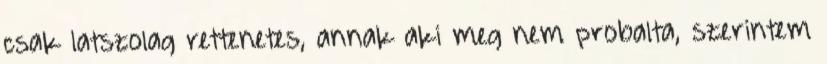
csak latszolag rettenetes, annak aki meg nem probalta, szerintem